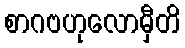
စာဂဗဟုလောမှီတိ